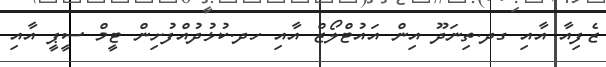
ޒެފިއާ އާއި ގދ.ތިނަދޫ އިން އައުޓްލޯޒް އާއި ހދ.ކުޅުދުއްފުށިން ޓީމް ސީޕީ އާއި